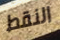
النقط